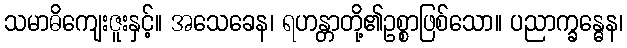
သမာဓိကျေးဇူးနှင့်။ အသေခေန၊ ရဟန္တာတို့၏ဥစ္စာဖြစ်သော။ ပညာက္ခန္ဓေန၊